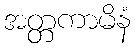
အတ္တကာမိနံ